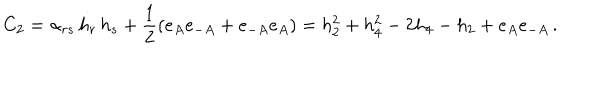
C _ { 2 } = \alpha _ { r s } \, h _ { r } \, h _ { s } + \frac { 1 } { 2 } ( e _ { A } e _ { - A } + e _ { - A } e _ { A } ) = h _ { 2 } ^ { 2 } + h _ { 4 } ^ { 2 } - 2 h _ { 4 } - h _ { 2 } + e _ { A } e _ { - A } \, .